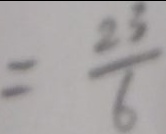
= \frac { 2 3 } { 6 }